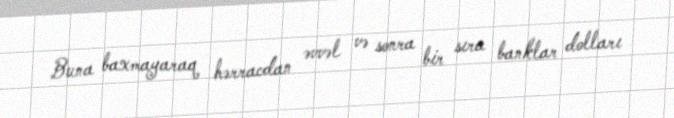
Buna baxmayaraq hərracdan əvvəl və sonra bir sıra banklar dolları